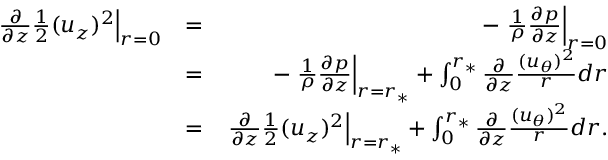
\begin{array} { r l r } { \left. { \frac { \partial } { \partial z } \frac { 1 } { 2 } ( u _ { z } ) ^ { 2 } } \right| _ { r = 0 } } & { = } & { - \left. { \frac { 1 } { \rho } \frac { \partial p } { \partial z } } \right| _ { r = 0 } } \\ & { = } & { - \left. { \frac { 1 } { \rho } \frac { \partial p } { \partial z } } \right| _ { r = r _ { \ast } } + \int _ { 0 } ^ { r _ { \ast } } \frac { \partial } { \partial z } \frac { ( u _ { \theta } ) ^ { 2 } } { r } d r } \\ & { = } & { \left. { \frac { \partial } { \partial z } \frac { 1 } { 2 } ( u _ { z } ) ^ { 2 } } \right| _ { r = r _ { \ast } } + \int _ { 0 } ^ { r _ { \ast } } \frac { \partial } { \partial z } \frac { ( u _ { \theta } ) ^ { 2 } } { r } d r . } \end{array}